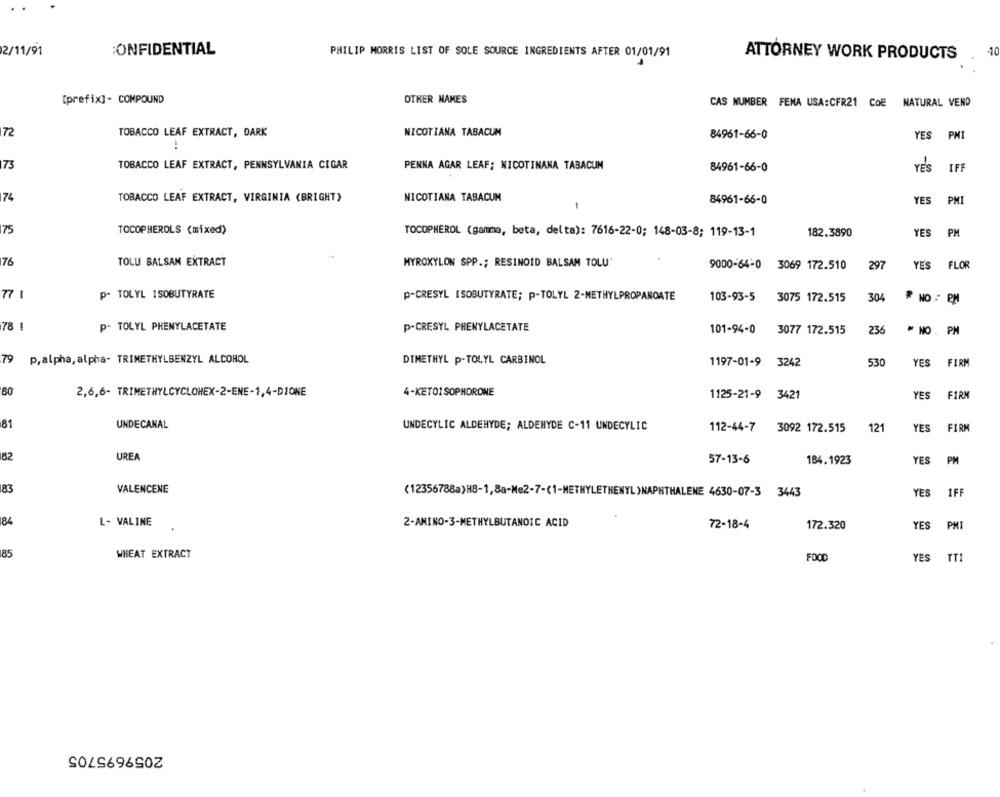
2/11/91
CONFIDENTIAL
PHILIP MORRIS LIST OF SOLE SOURCE INGREDIENTS AFTER 01/01/91
ATTORNEY WORK PRODUCTS
-10
[prefix]- COMPOUND
OTHER NAMES
CAS NUMBER FEMA USA:CFR21 COE NATURAL VEND
72
TOBACCO LEAF EXTRACT, DARK
NICOTIANA TABACUM
84961-66-0
YES
PMI
73
TOBACCO LEAF EXTRACT, PENNSYLVANIA CIGAR
PENNA AGAR LEAF: NICOTINANA TABACUM
84961-66-0
YES
IFF
74
TOBACCO LEAF EXTRACT, VIRGINIA (BRIGHT)
NICOTIANA TABACUM
84961-66-0
YES
PMI
175
TOCOPHEROLS (mixed)
TOCOPHEROL (gamma, beta, delta): 7616-22-0; 148-03-8; 119-13-1
182.3890
YES
PM
76
TOLU BALSAM EXTRACT
MYROXYLON SPP .; RESINOID BALSAM TOLU"
9000-64-0
3069 172.510
297
YES
FLOR
77 1
p- TOLYL ISOBUTYRATE
P-CRESYL ISOBUTYRATE; P-TOLYL 2-METHYLPROPANOATE
103-93-5
3075 172.515
304
₱ NO : PM
78 !
P- TOLYL PHENYLACETATE
P-CRESYL PHENYLACETATE
101-94-0
3077 172.515
236
NO . PM
79
p, alpha, alpha- TRIMETHYLBENZYL ALCOHOL
DIMETHYL P-TOLYL CARBINOL
1197-01-9
3242
530
YES
FIRM
80
4-KETOI SOPHDRONE
2,6,6- TRIMETHYLCYCLOHEX-2-ENE-1,4-DIONE
1125-21-9 3421
YES
FIRM
81
UNDECANAL
UNDECYLIC ALDEHYDE; ALDEHYDE C-11 UNDECYLIC
112-44-7 3092 172.515
121
YES
FIRM
162
UREA
57-13-6
184.1923
YES
PM
183
VALENCENE
(12356788a)H8-1,8a-Me2-7-(1-METHYLETHENYL )NAPHTHALENE 4630-07-3 3443
YES
IFF
184
L- VALINE
2-AMINO-3-METHYLBUTANOIC ACID
72-18-4
172.320
YES
PMI
185
WHEAT EXTRACT
FOOD
YES
TTI
2059695705